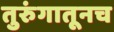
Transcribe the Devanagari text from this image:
तुरुंगातूनच